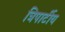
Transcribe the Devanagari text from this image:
त्रिपार्टीय